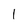
Character: 1